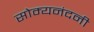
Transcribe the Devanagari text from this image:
सोम्यनंदनी